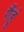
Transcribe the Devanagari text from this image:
गैंहूं